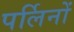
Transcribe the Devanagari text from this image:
पर्लिनों